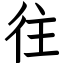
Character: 往